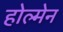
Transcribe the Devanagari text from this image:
होल्मेन